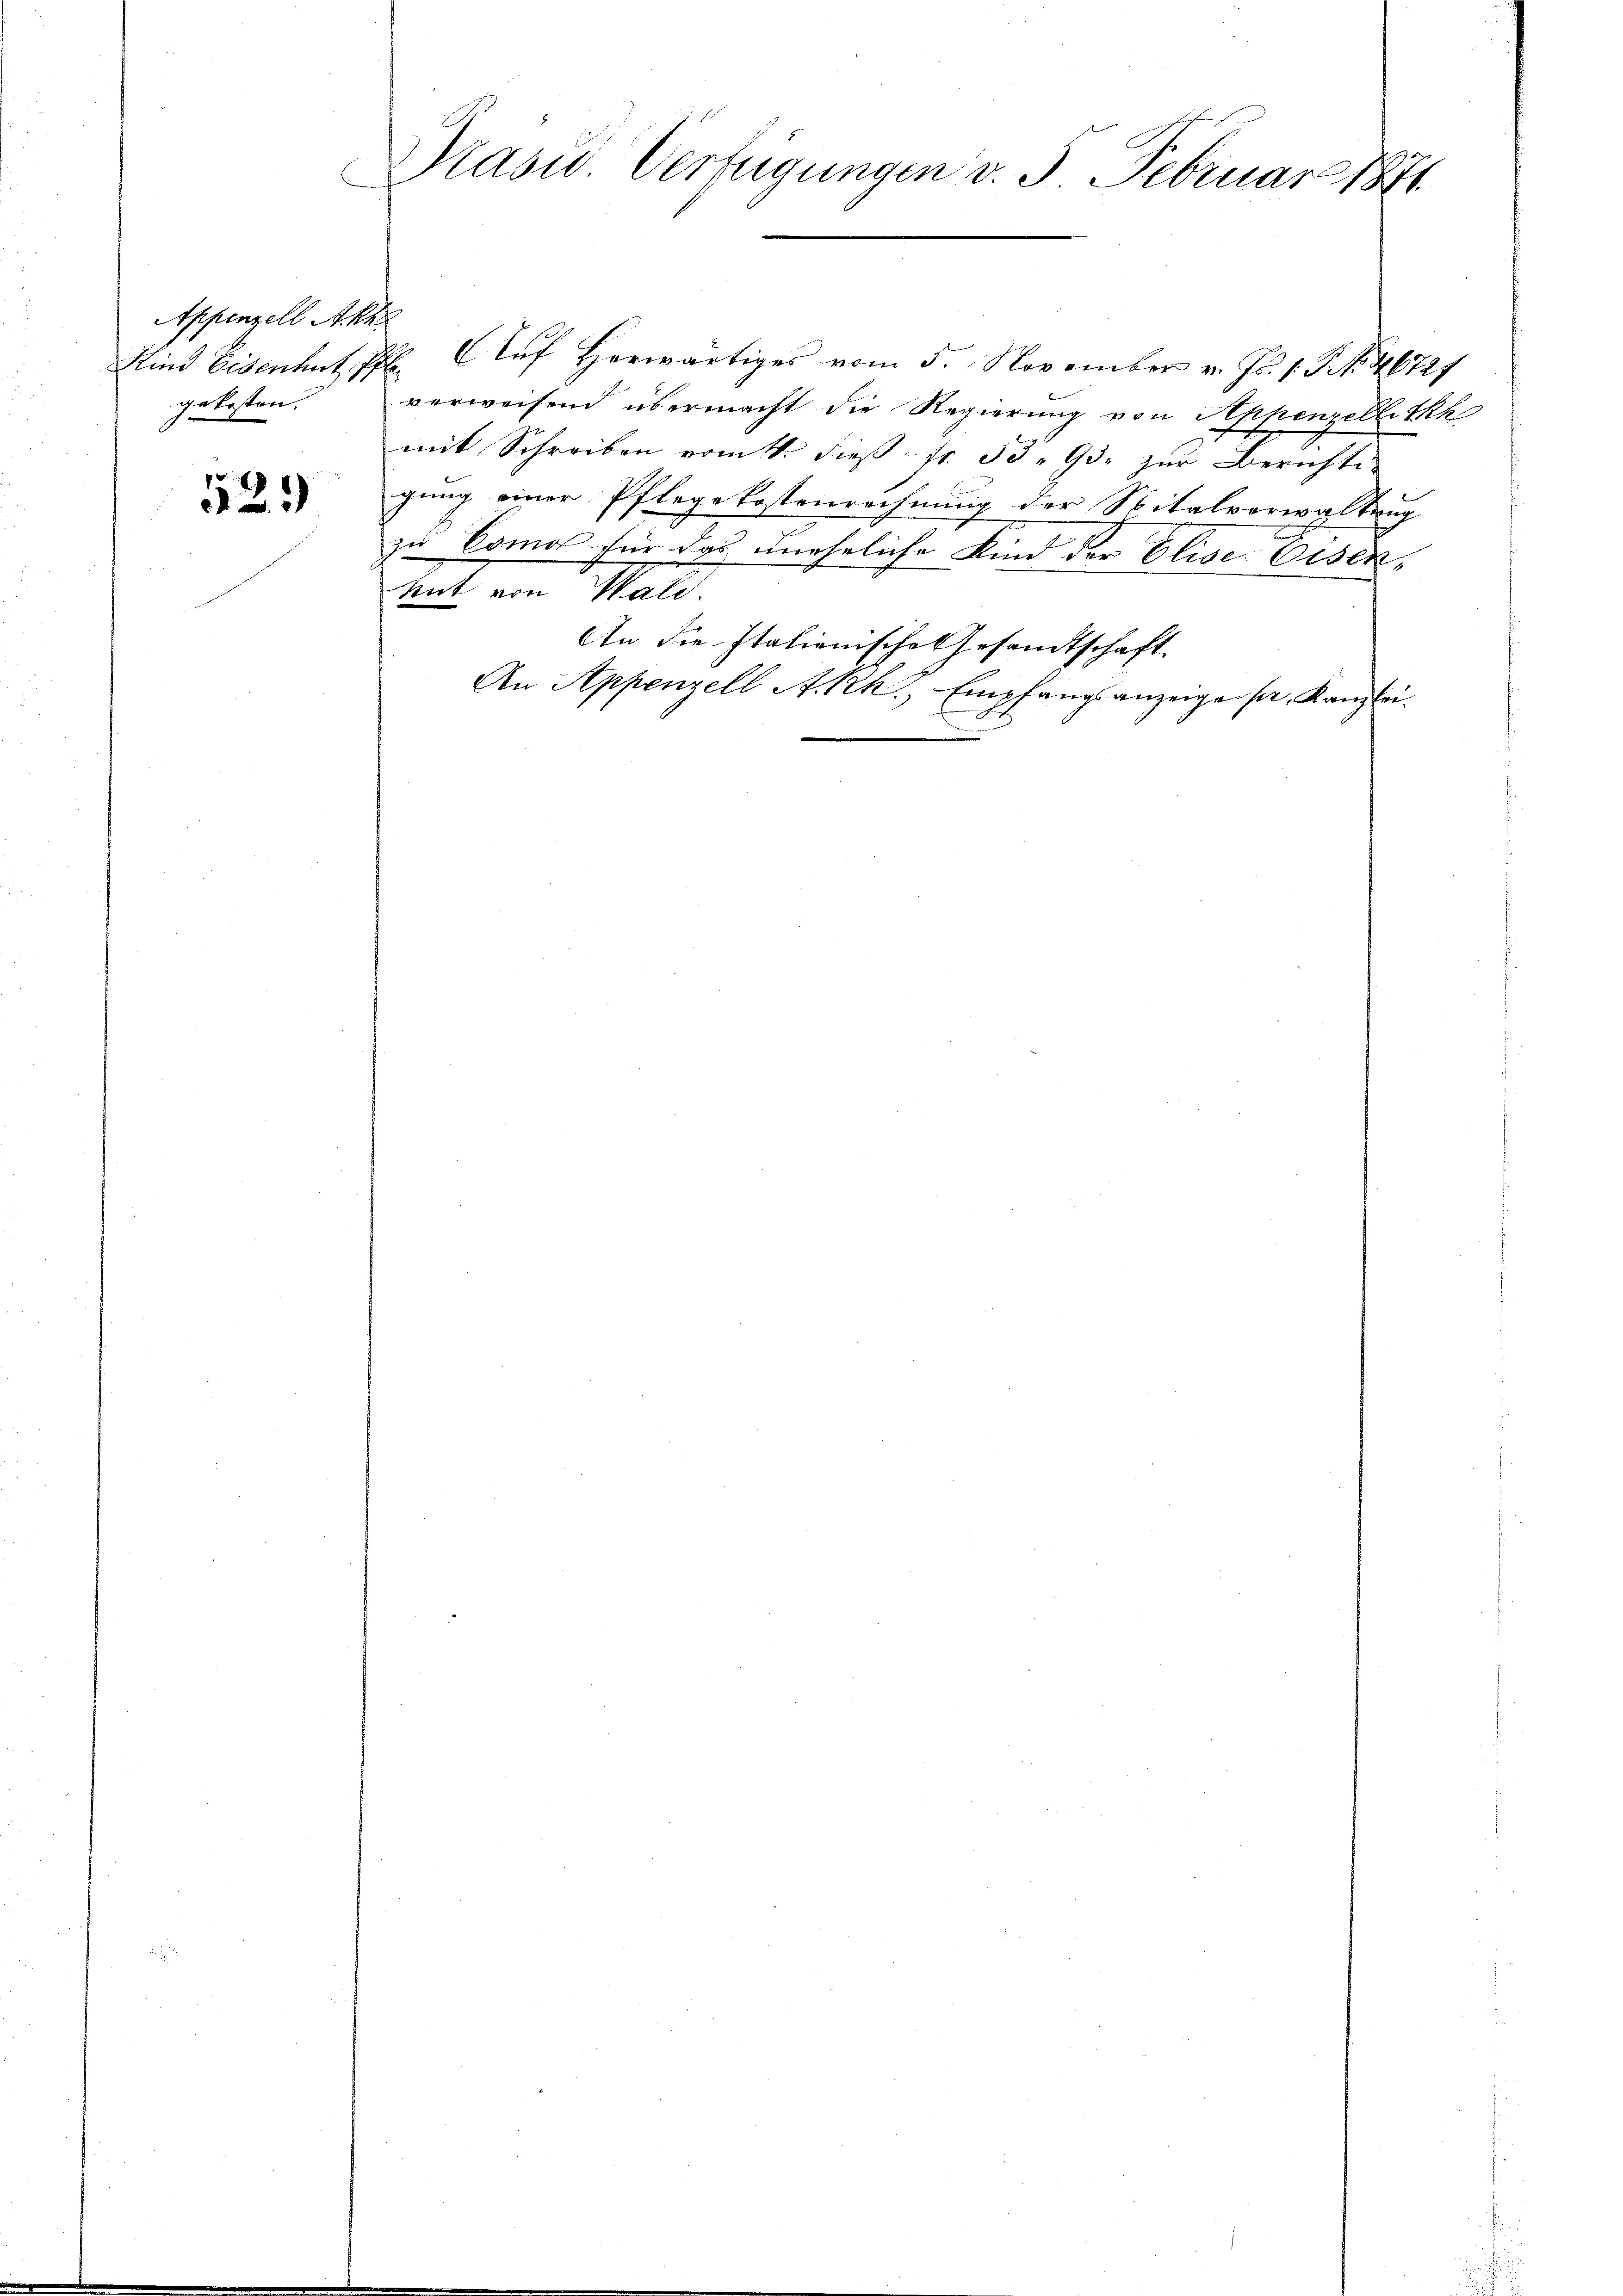
Appenzell Aka
gekosten.

523)

Präsid. Verfügungen v. 5. Februar 1871.

Kind Eisentent Pf. Auf herwärtiges vom 5. November v. Js. s. S. 46727
verweisend übermacht die Regierung von Appenzellitkh
mit Schreiben vom 4. dieβ fr. 53. 93. zŭr Berichte
gung einer Pflegekostenrechnung der Spitalverwaltung
zu Como für das uneheliche Kind der Elise. Eisenkut von Wali.
An die Italienische Gesandtschaft
An Appenzell A. Rh., Empfangsanzeige sr. Kanzlei.